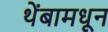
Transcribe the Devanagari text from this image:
थेंबामधून